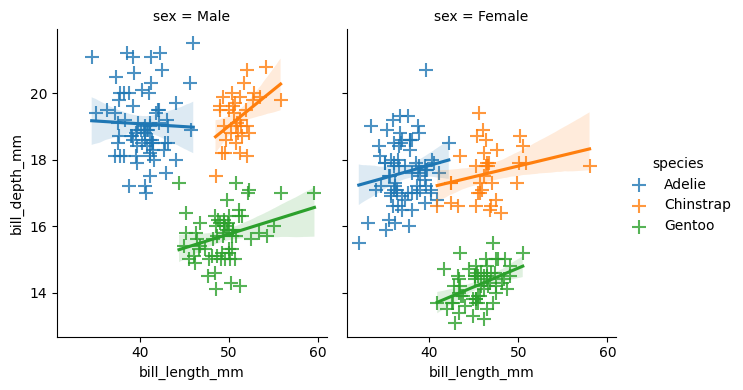
python, seaborn, lmplot, aspect=0.8, order=1, markers='+'